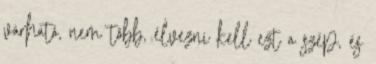
várható, nem több, élvezni kell ezt a szép, és